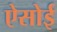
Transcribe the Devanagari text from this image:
ऐसोई